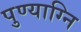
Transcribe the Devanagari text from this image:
पुण्याग्नि